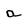
Character: a